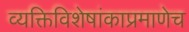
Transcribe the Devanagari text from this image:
व्यक्तिविशेषांकाप्रमाणेच